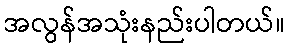
အလွန်အသုံးနည်းပါတယ်။